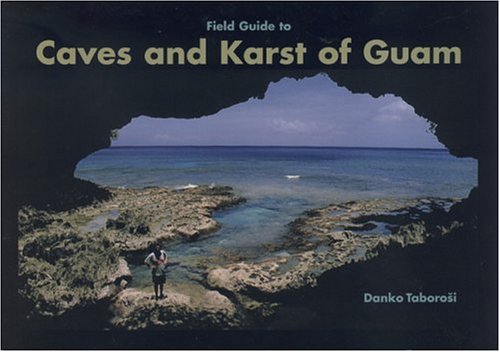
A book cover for Field Guide to Caves and Karst of Guam; Danko Taborosi; Travel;